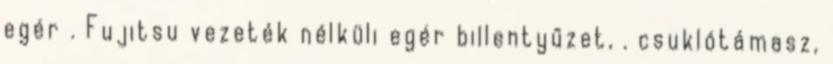
egér . Fujitsu vezeték nélküli egér billentyűzet, . csuklótámasz,